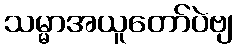
သမ္မာအယူတော်ပဲဗျ